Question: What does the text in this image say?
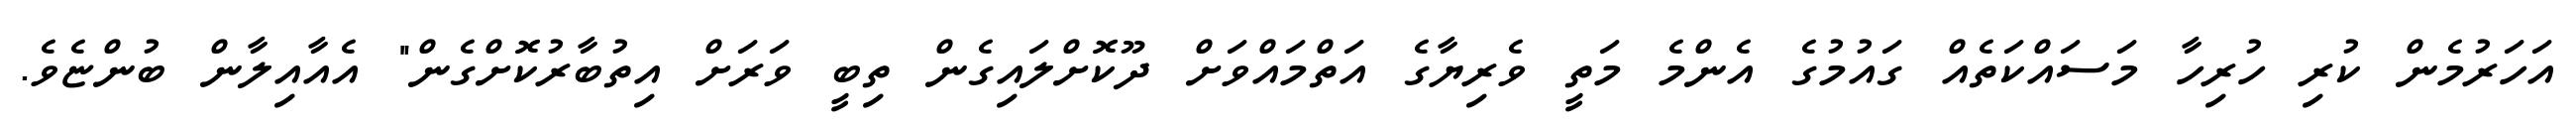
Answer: އަހަރުމެން ކުރި ހުރިހާ މަސައްކަތެއް ގައުމުގެ އެންމެ މަތީ ވެރިޔާގެ އަތްމައްވަށް ދޫކޮށްލައިގެން ތިބީ ވަރަށް އިތުބާރުކޮށްގެން" އެއާއިލާން ބުންޏެވެ.